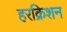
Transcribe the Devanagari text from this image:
हरक्रिशन